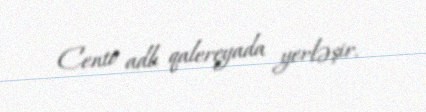
Cento adlı qalereyada yerləşir.